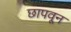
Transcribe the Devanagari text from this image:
छापवून